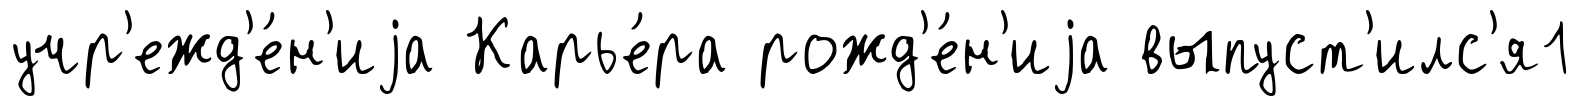
учр'ежд'е́н'иjа Карье́ра рожд'е́н'иjа выпуст'илс'я1